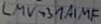
Text: LMV43AMIF